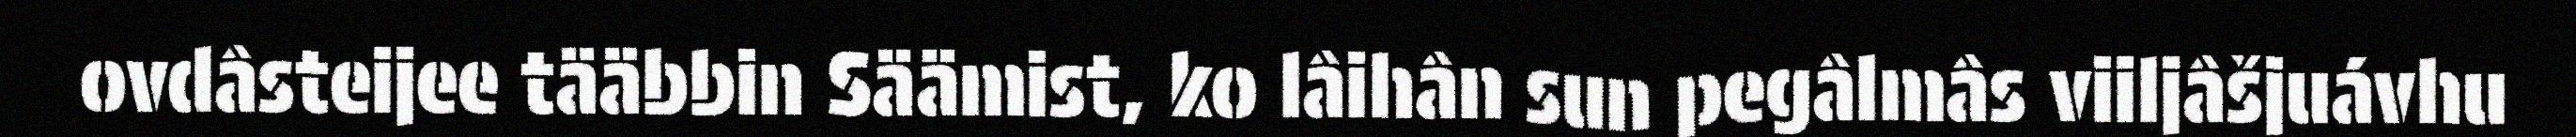
ovdâsteijee tääbbin Säämist, ko lâihân sun pegâlmâs viiljâšjuávhu